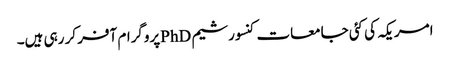
امریکہ کی کئی جامعات کنسورشیم PhDپروگرام آفر کر رہی ہیں۔